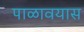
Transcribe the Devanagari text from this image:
पाळावयास